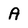
Character: A